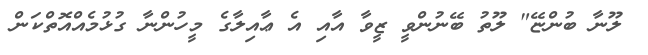
ލޫނާ ބުންޏޭ" ލޫތު ބޭނުންވީ ޒީވާ އާއި އެ ޢާއިލާގެ މީހުންނާ ގުޅުމެއްއޮތްކަން